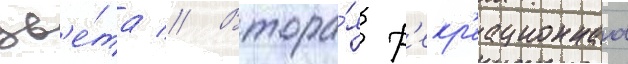
цв'е́та // Втора́я р'екр'еационнаа